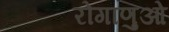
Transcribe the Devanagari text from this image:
रोगाणुओ